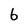
Character: 6